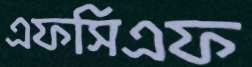
এফসিএফ